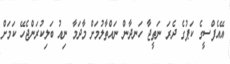
އޭއެފްސީގެ ކަޕުގެ ދެރަ ނަތީޖާ ހަނދާން ނައްތާލުމަށް މާދަމާ ނިއު ބަލިކުރަންޖެހޭ ކަމަށް